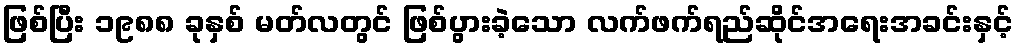
ဖြစ်ပြီး ၁၉၈၈ ခုနှစ် မတ်လတွင် ဖြစ်ပွားခဲ့သော လက်ဖက်ရည်ဆိုင်အရေးအခင်းနှင့်